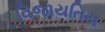
વિજાયતિય